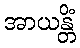
အာယန္တိံ